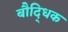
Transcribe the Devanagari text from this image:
बौदि्धक